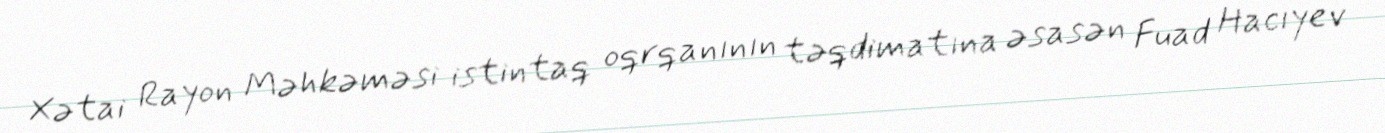
Xətai Rayon Məhkəməsi istintaq oqrqanının təqdimatına əsasən Fuad Hacıyev